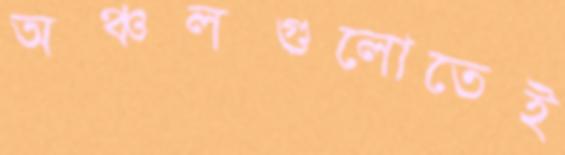
অঞ্চলগুলোতেই